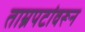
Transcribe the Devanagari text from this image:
ताम्रपटांवरून